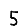
Digit: 5